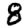
Digit: 8